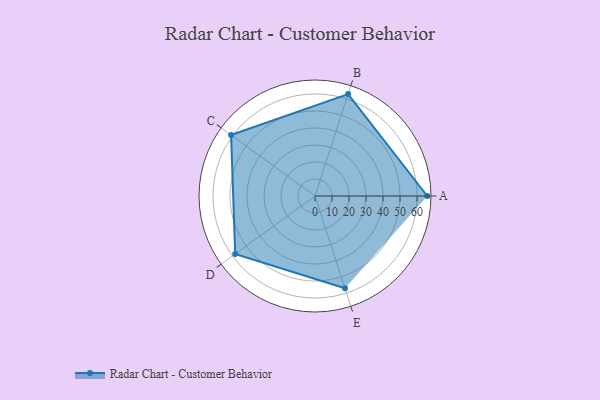
{"axis": {"x": "Skill", "y": "Score"}, "legend": ["Profile"], "data": [{"x": "A", "y": 66.0, "type": "Profile"}, {"x": "B", "y": 63.0, "type": "Profile"}, {"x": "C", "y": 61.0, "type": "Profile"}, {"x": "D", "y": 58.0, "type": "Profile"}, {"x": "E", "y": 57.0, "type": "Profile"}]}